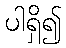
ပါရှိ၍